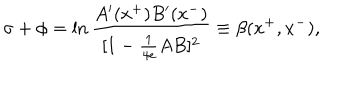
LaTeX: \sigma + \phi = \ln { \frac { A ^ { \prime } ( x ^ { + } ) B ^ { \prime } ( x ^ { - } ) } { [ 1 - { \frac { 1 } { 4 e } } A B ] ^ { 2 } } } \equiv \beta ( x ^ { + } , x ^ { - } ) ,